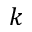
k